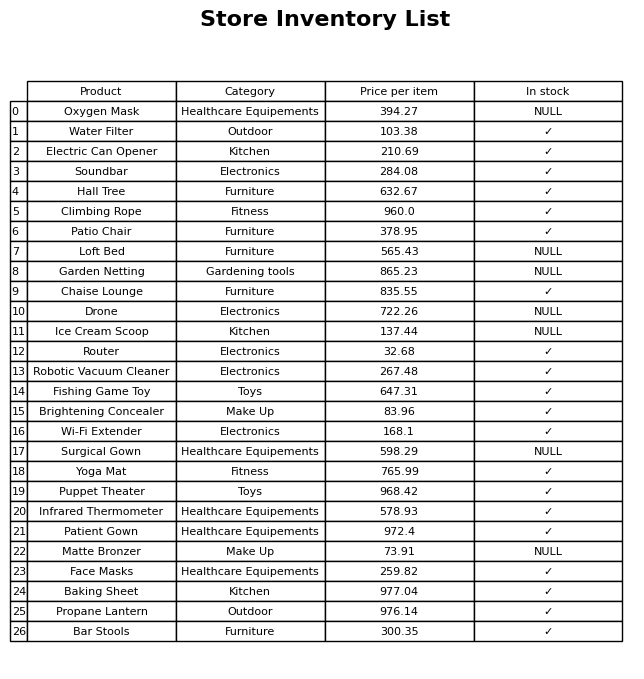
question: What is the price of the Drone?
answer: The price of Drone is 722.26.